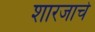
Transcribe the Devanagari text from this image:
शारजाचे